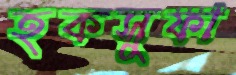
হকসুফা